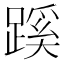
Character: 蹊